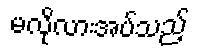
မလိုလားအပ်သည့်